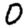
Digit: 0